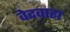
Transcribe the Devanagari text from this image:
वेदवाह्य